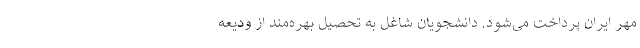
مهر ایران پرداخت می‌شود. دانشجویان شاغل به تحصیل بهره‌مند از ودیعه